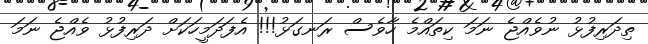
ތިދަރިފުޅު ނުވެއްޖެ ނަމަ ކިތައްމެ ހާވެސް ރަނގަޅު!!! އެފަދަމީހަކަށް ދަރިފުޅު ވެއްޖެ ނަމަ